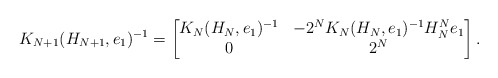
\begin{align*} K_{N+1}(H_{N+1},e_1)^{-1}= \begin{bmatrix} K_N(H_N,e_1)^{-1} & -2^NK_N(H_N,e_1)^{-1}H_N^Ne_1 \\ 0 & 2^N \end{bmatrix}.\end{align*}